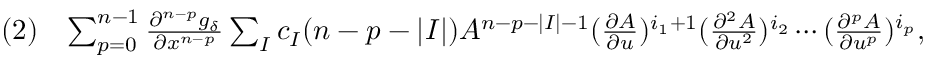
\begin{array} { r l r } & { ( 2 ) } & { \sum _ { p = 0 } ^ { n - 1 } \frac { \partial ^ { n - p } g _ { \delta } } { \partial x ^ { n - p } } \sum _ { I } c _ { I } ( n - p - | I | ) A ^ { n - p - | I | - 1 } ( \frac { \partial A } { \partial u } ) ^ { i _ { 1 } + 1 } ( \frac { \partial ^ { 2 } A } { \partial u ^ { 2 } } ) ^ { i _ { 2 } } \cdots ( \frac { \partial ^ { p } A } { \partial u ^ { p } } ) ^ { i _ { p } } , } \end{array}